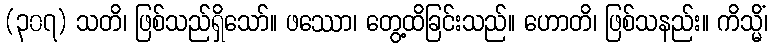
(၃၀၇) သတိ၊ ဖြစ်သည်ရှိသော်။ ဖဿော၊ တွေ့ထိခြင်းသည်။ ဟောတိ၊ ဖြစ်သနည်း။ ကိသ္မိံ၊